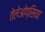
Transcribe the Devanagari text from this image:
तेलेओप्सिया